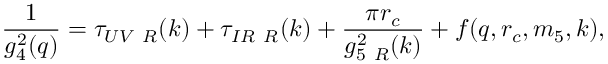
\frac { 1 } { g _ { 4 } ^ { 2 } ( q ) } = \tau _ { U V ~ R } ( k ) + \tau _ { I R ~ R } ( k ) + \frac { \pi r _ { c } } { g _ { 5 ~ R } ^ { 2 } ( k ) } + f ( q , r _ { c } , m _ { 5 } , k ) ,